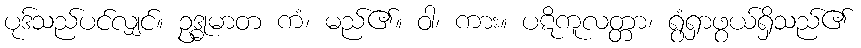
ပုဒ်သည်ပင်လျှင်။ ဥဒ္ဓုမာတ ကံ၊ မည်၏။ ဝါ၊ ကား။ ပဋိကူလတ္တာ၊ ရွံရှာဖွယ်ရှိသည်၏